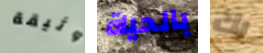
وثيقة بالحياة بك